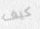
كيف